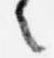
々